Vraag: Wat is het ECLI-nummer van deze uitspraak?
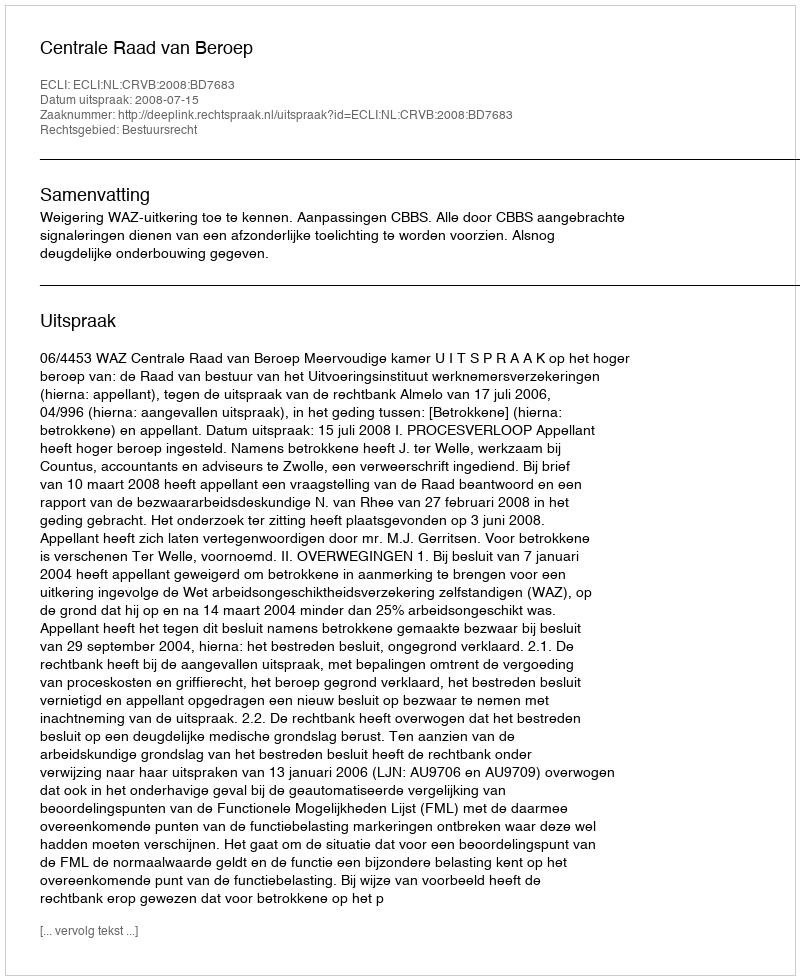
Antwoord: ECLI:NL:CRVB:2008:BD7683